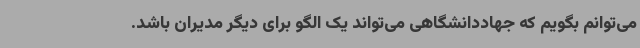
می‌توانم بگویم که جهاددانشگاهی می‌تواند یک الگو برای دیگر مدیران باشد.